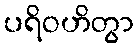
ပရိဝဟိတွာ